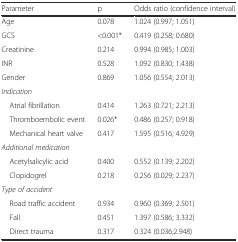
<table><thead><tr><td><b>Parameter</b></td><td><b>p</b></td><td><b>Odds ratio (confidence interval)</b></td></tr></thead><tbody><tr><td>Age</td><td>0.078</td><td>1.024 (0.997; 1.051)</td></tr><tr><td>GCS</td><td>&lt;0.001*</td><td>0.419 (0.258; 0.680)</td></tr><tr><td>Creatinine</td><td>0.214</td><td>0.994 (0.985; 1.003)</td></tr><tr><td>INR</td><td>0.528</td><td>1.092 (0.830; 1.438)</td></tr><tr><td>Gender</td><td>0.869</td><td>1.056 (0.554; 2.013)</td></tr><tr><td><i>Indication</i></td><td></td><td></td></tr><tr><td> Atrial fibrillation</td><td>0.414</td><td>1.263 (0.721; 2.213)</td></tr><tr><td> Thromboembolic event</td><td>0.026*</td><td>0.486 (0.257; 0.918)</td></tr><tr><td> Mechanical heart valve</td><td>0.417</td><td>1.595 (0.516; 4.929)</td></tr><tr><td><i>Additional medication</i></td><td></td><td></td></tr><tr><td> Acetylsalicylic acid</td><td>0.400</td><td>0.552 (0.139; 2.202)</td></tr><tr><td> Clopidogrel</td><td>0.218</td><td>0.256 (0.029; 2.237)</td></tr><tr><td><i>Type of accident</i></td><td></td><td></td></tr><tr><td> Road traffic accident</td><td>0.934</td><td>0.960 (0.369; 2.501)</td></tr><tr><td> Fall</td><td>0.451</td><td>1.397 (0.586; 3.332)</td></tr><tr><td> Direct trauma</td><td>0.317</td><td>0.324 (0.036;2.948)</td></tr></tbody></table>